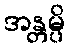
အန္တမ္ပိ